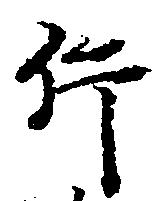
件